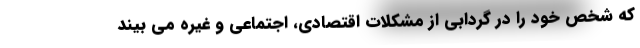
که شخص خود را در گردابی از مشکلات اقتصادی، اجتماعی و غیره می بیند